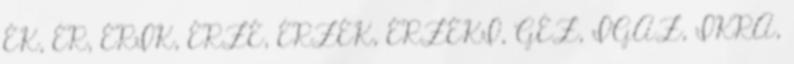
ÉK, ÉR, ÉRIK, ÉRZÉ, ÉRZÉK, ÉRZÉKI, GÉZ, IGAZ, IKRA,